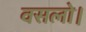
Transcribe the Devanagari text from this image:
वसलो।